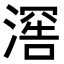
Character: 𬈯